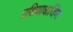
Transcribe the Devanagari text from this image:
प्रशियाधार्जिणा